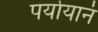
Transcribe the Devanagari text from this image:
पर्यायानं